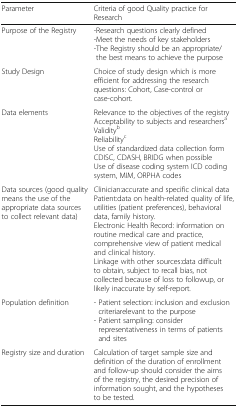
<table><thead><tr><td><b>Parameter</b></td><td><b>Criteria of good Quality practice for Research</b></td></tr></thead><tbody><tr><td>Purpose of the Registry</td><td>-Research questions clearly defined-Meet the needs of key stakeholders-The Registry should be an appropriate/the best means to achieve the purpose</td></tr><tr><td>Study Design</td><td>Choice of study design which is more efficient for addressing the research questions: Cohort, Case-control or case-cohort.</td></tr><tr><td>Data elements</td><td>Relevance to the objectives of the registryAcceptability to subjects and researchers<sup>a</sup>Validity<sup>b</sup>Reliability<sup>c</sup>Use of standardized data collection form CDISC, CDASH, BRIDG when possibleUse of disease coding system ICD coding system, MIM, ORPHA codes</td></tr><tr><td>Data sources (good quality means the use of the appropriate data sources to collect relevant data)</td><td>Clinician:accurate and specific clinical dataPatient:data on health-related quality of life, utilities (patient preferences), behavioral data, family history.Electronic Health Record: information on routine medical care and practice, comprehensive view of patient medical and clinical history.Linkage with other sources:data difficult to obtain, subject to recall bias, not collected because of loss to followup, or likely inaccurate by self-report.</td></tr><tr><td>Population definition</td><td>- Patient selection: inclusion and exclusion criteriarelevant to the purpose- Patient sampling: consider representativeness in terms of patients and sites</td></tr><tr><td>Registry size and duration</td><td>Calculation of target sample size and definition of the duration of enrollment and follow-up should consider the aims of the registry, the desired precision of information sought, and the hypotheses to be tested.</td></tr></tbody></table>